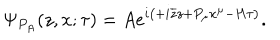
\Psi _ { P _ { A } } ( z , x ; \tau ) = A e ^ { i \left( + i \overline { { { z } } } z + P _ { \mu } x ^ { \mu } - H \tau \right) } .